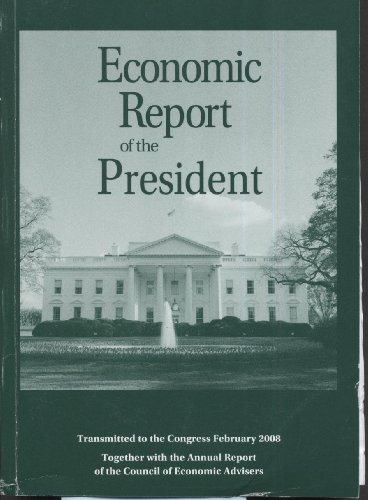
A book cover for Economic Report of the President, 2008; Business & Money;